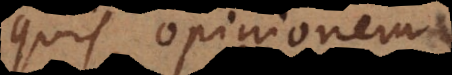
quis opinionem